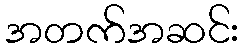
အတက်အဆင်း